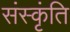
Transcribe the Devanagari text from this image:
संस्कृंति